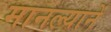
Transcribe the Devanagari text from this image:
मानल्यानें